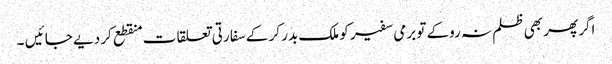
اگر پھر بھی ظلم نہ روکے تو برمی سفیر کو ملک بدر کر کے سفا رتی تعلقا ت منقطع کر دیے جا ئیں ۔